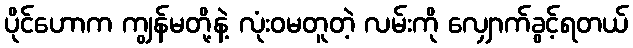
ပိုင်ဟောက ကျွန်မတို့နဲ့ လုံးဝမတူတဲ့ လမ်းကို လျှောက်ခွင့်ရတယ်